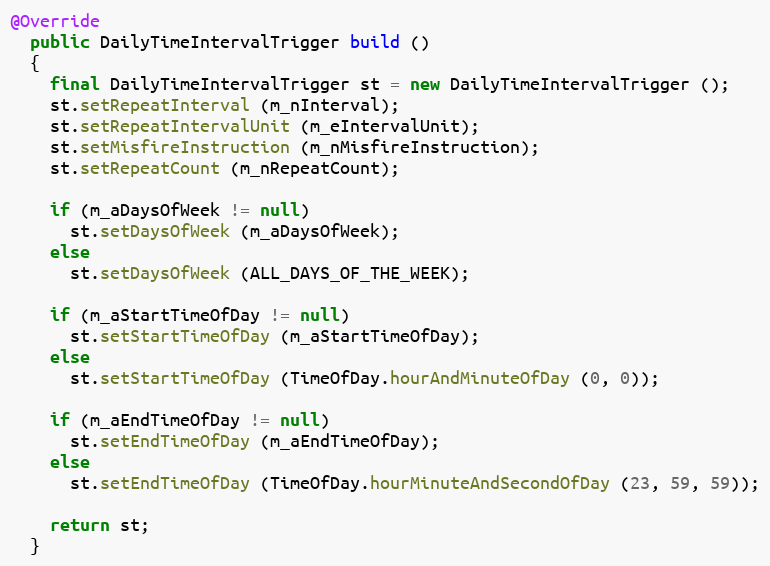
Language: Java
@Override
  public DailyTimeIntervalTrigger build ()
  {
    final DailyTimeIntervalTrigger st = new DailyTimeIntervalTrigger ();
    st.setRepeatInterval (m_nInterval);
    st.setRepeatIntervalUnit (m_eIntervalUnit);
    st.setMisfireInstruction (m_nMisfireInstruction);
    st.setRepeatCount (m_nRepeatCount);

    if (m_aDaysOfWeek != null)
      st.setDaysOfWeek (m_aDaysOfWeek);
    else
      st.setDaysOfWeek (ALL_DAYS_OF_THE_WEEK);

    if (m_aStartTimeOfDay != null)
      st.setStartTimeOfDay (m_aStartTimeOfDay);
    else
      st.setStartTimeOfDay (TimeOfDay.hourAndMinuteOfDay (0, 0));

    if (m_aEndTimeOfDay != null)
      st.setEndTimeOfDay (m_aEndTimeOfDay);
    else
      st.setEndTimeOfDay (TimeOfDay.hourMinuteAndSecondOfDay (23, 59, 59));

    return st;
  }